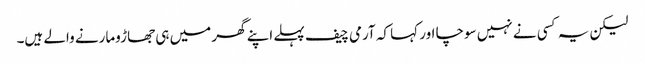
لیکن یہ کسی نے نہیں سوچا اور کہا کہ آرمی چیف پہلے اپنے گھر میں ہی جھاڑومارنے والے ہیں۔